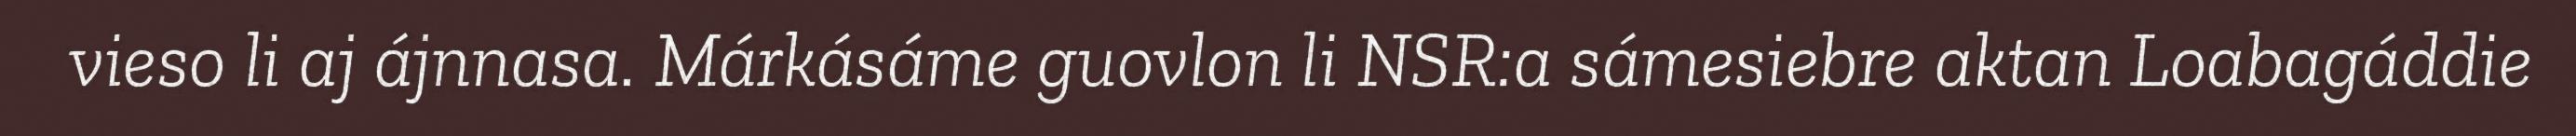
vieso li aj ájnnasa. Márkásáme guovlon li NSR:a sámesiebre aktan Loabagáddie